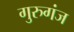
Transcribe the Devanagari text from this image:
गुरुगंज